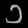
Digit: ၁